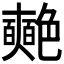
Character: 𮎞